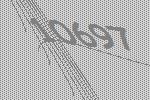
10697